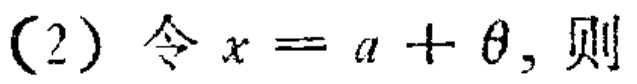
(2) 令 \(x = a+\theta\)，则